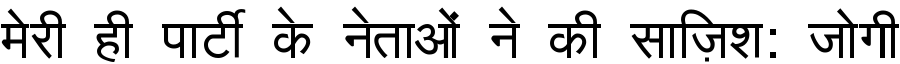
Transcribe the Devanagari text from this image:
मेरी ही पार्टी के नेताओं ने की साज़िश: जोगी